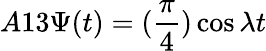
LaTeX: A13\Psi(t)=(\frac{\pi}{4})\cos\lambda t